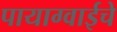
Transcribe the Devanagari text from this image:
पायाग्वाईचे